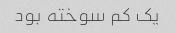
یک کم سوخته بود